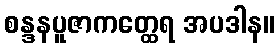
စန္ဒနပူဇာကတ္ထေရ အပဒါန။